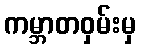
ကမ္ဘာတဝှမ်းမှ